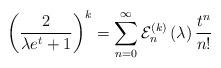
LaTeX: \begin{align*}\left( \frac{2}{\lambda e^{t}+1}\right) ^{k}=\sum_{n=0}^{\infty }\mathcal{E}_{n}^{\left( k\right) }\left( \lambda \right) \frac{t^{n}}{n!}\end{align*}